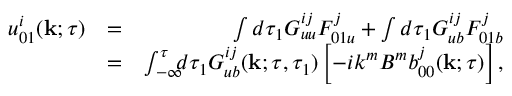
\begin{array} { r l r } { u _ { 0 1 } ^ { i } ( { \bf { k } } ; \tau ) } & { = } & { \int d \tau _ { 1 } G _ { u u } ^ { i j } F _ { 0 1 u } ^ { j } + \int d \tau _ { 1 } G _ { u b } ^ { i j } F _ { 0 1 b } ^ { j } } \\ & { = } & { \int _ { - \infty } ^ { \tau } \! \! \! d \tau _ { 1 } G _ { u b } ^ { i j } ( { \bf { k } } ; \tau , \tau _ { 1 } ) \left[ { - i k ^ { m } B ^ { m } b _ { 0 0 } ^ { j } ( { \bf { k } } ; \tau ) } \right] , } \end{array}